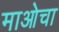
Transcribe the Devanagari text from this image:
माओचा